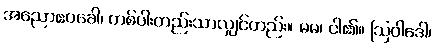
အညောဧဝခေါ၊ တစ်ပါးတည်းသာလျှင်တည်း။ မမ၊ ငါ၏။ ဩဝါဒေါ၊